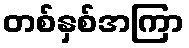
တစ်နှစ်အကြာ